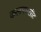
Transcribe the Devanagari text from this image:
कलमघसीट